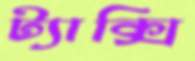
ট্যাক্সি